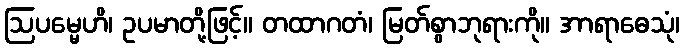
ဩပမ္မေဟိ၊ ဥပမာတို့ဖြင့်။ တထာဂတံ၊ မြတ်စွာဘုရားကို။ အာရာဓေသုံ၊